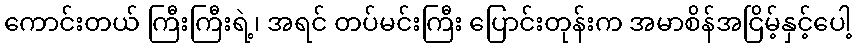
ကောင်းတယ် ကြီးကြီးရဲ့၊ အရင် တပ်မင်းကြီး ပြောင်းတုန်းက အမာစိန်အငြိမ့်နှင့်ပေါ့